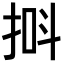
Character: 𪭸